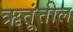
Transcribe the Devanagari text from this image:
ऋतूंतील